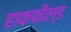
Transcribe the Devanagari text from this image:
हाकफील्ड